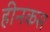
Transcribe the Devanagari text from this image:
हीनकस